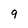
Character: 9